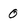
Character: 0